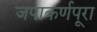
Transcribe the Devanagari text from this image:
जपाकर्णपूरा